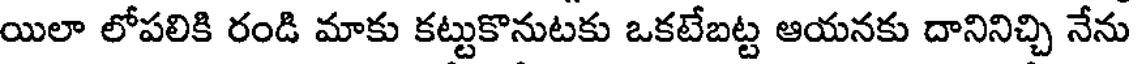
యిలా లోపలికి రండి మాకు కట్టుకొనుటకు ఒకటేబట్ట ఆయనకు దానినిచ్చి నేను